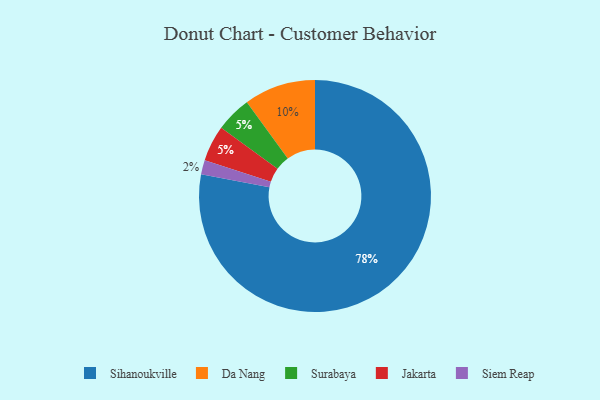
{"axis": {"x": "Category", "y": "Percentage"}, "legend": ["Da Nang", "Jakarta", "Siem Reap", "Sihanoukville", "Surabaya"], "data": [{"x": "Surabaya", "y": 5, "type": "Surabaya"}, {"x": "Jakarta", "y": 5, "type": "Jakarta"}, {"x": "Siem Reap", "y": 2, "type": "Siem Reap"}, {"x": "Sihanoukville", "y": 78, "type": "Sihanoukville"}, {"x": "Da Nang", "y": 10, "type": "Da Nang"}]}